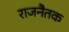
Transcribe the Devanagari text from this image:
राजनैतक